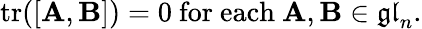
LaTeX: \operatorname{tr}([\mathbf{A},\mathbf{B}])=0{\mathrm{~for~each~}}\mathbf{A},\mathbf{B}\in{\mathfrak{gl}}_{n}.